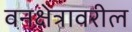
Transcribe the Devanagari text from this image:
वनक्षेत्रावरील